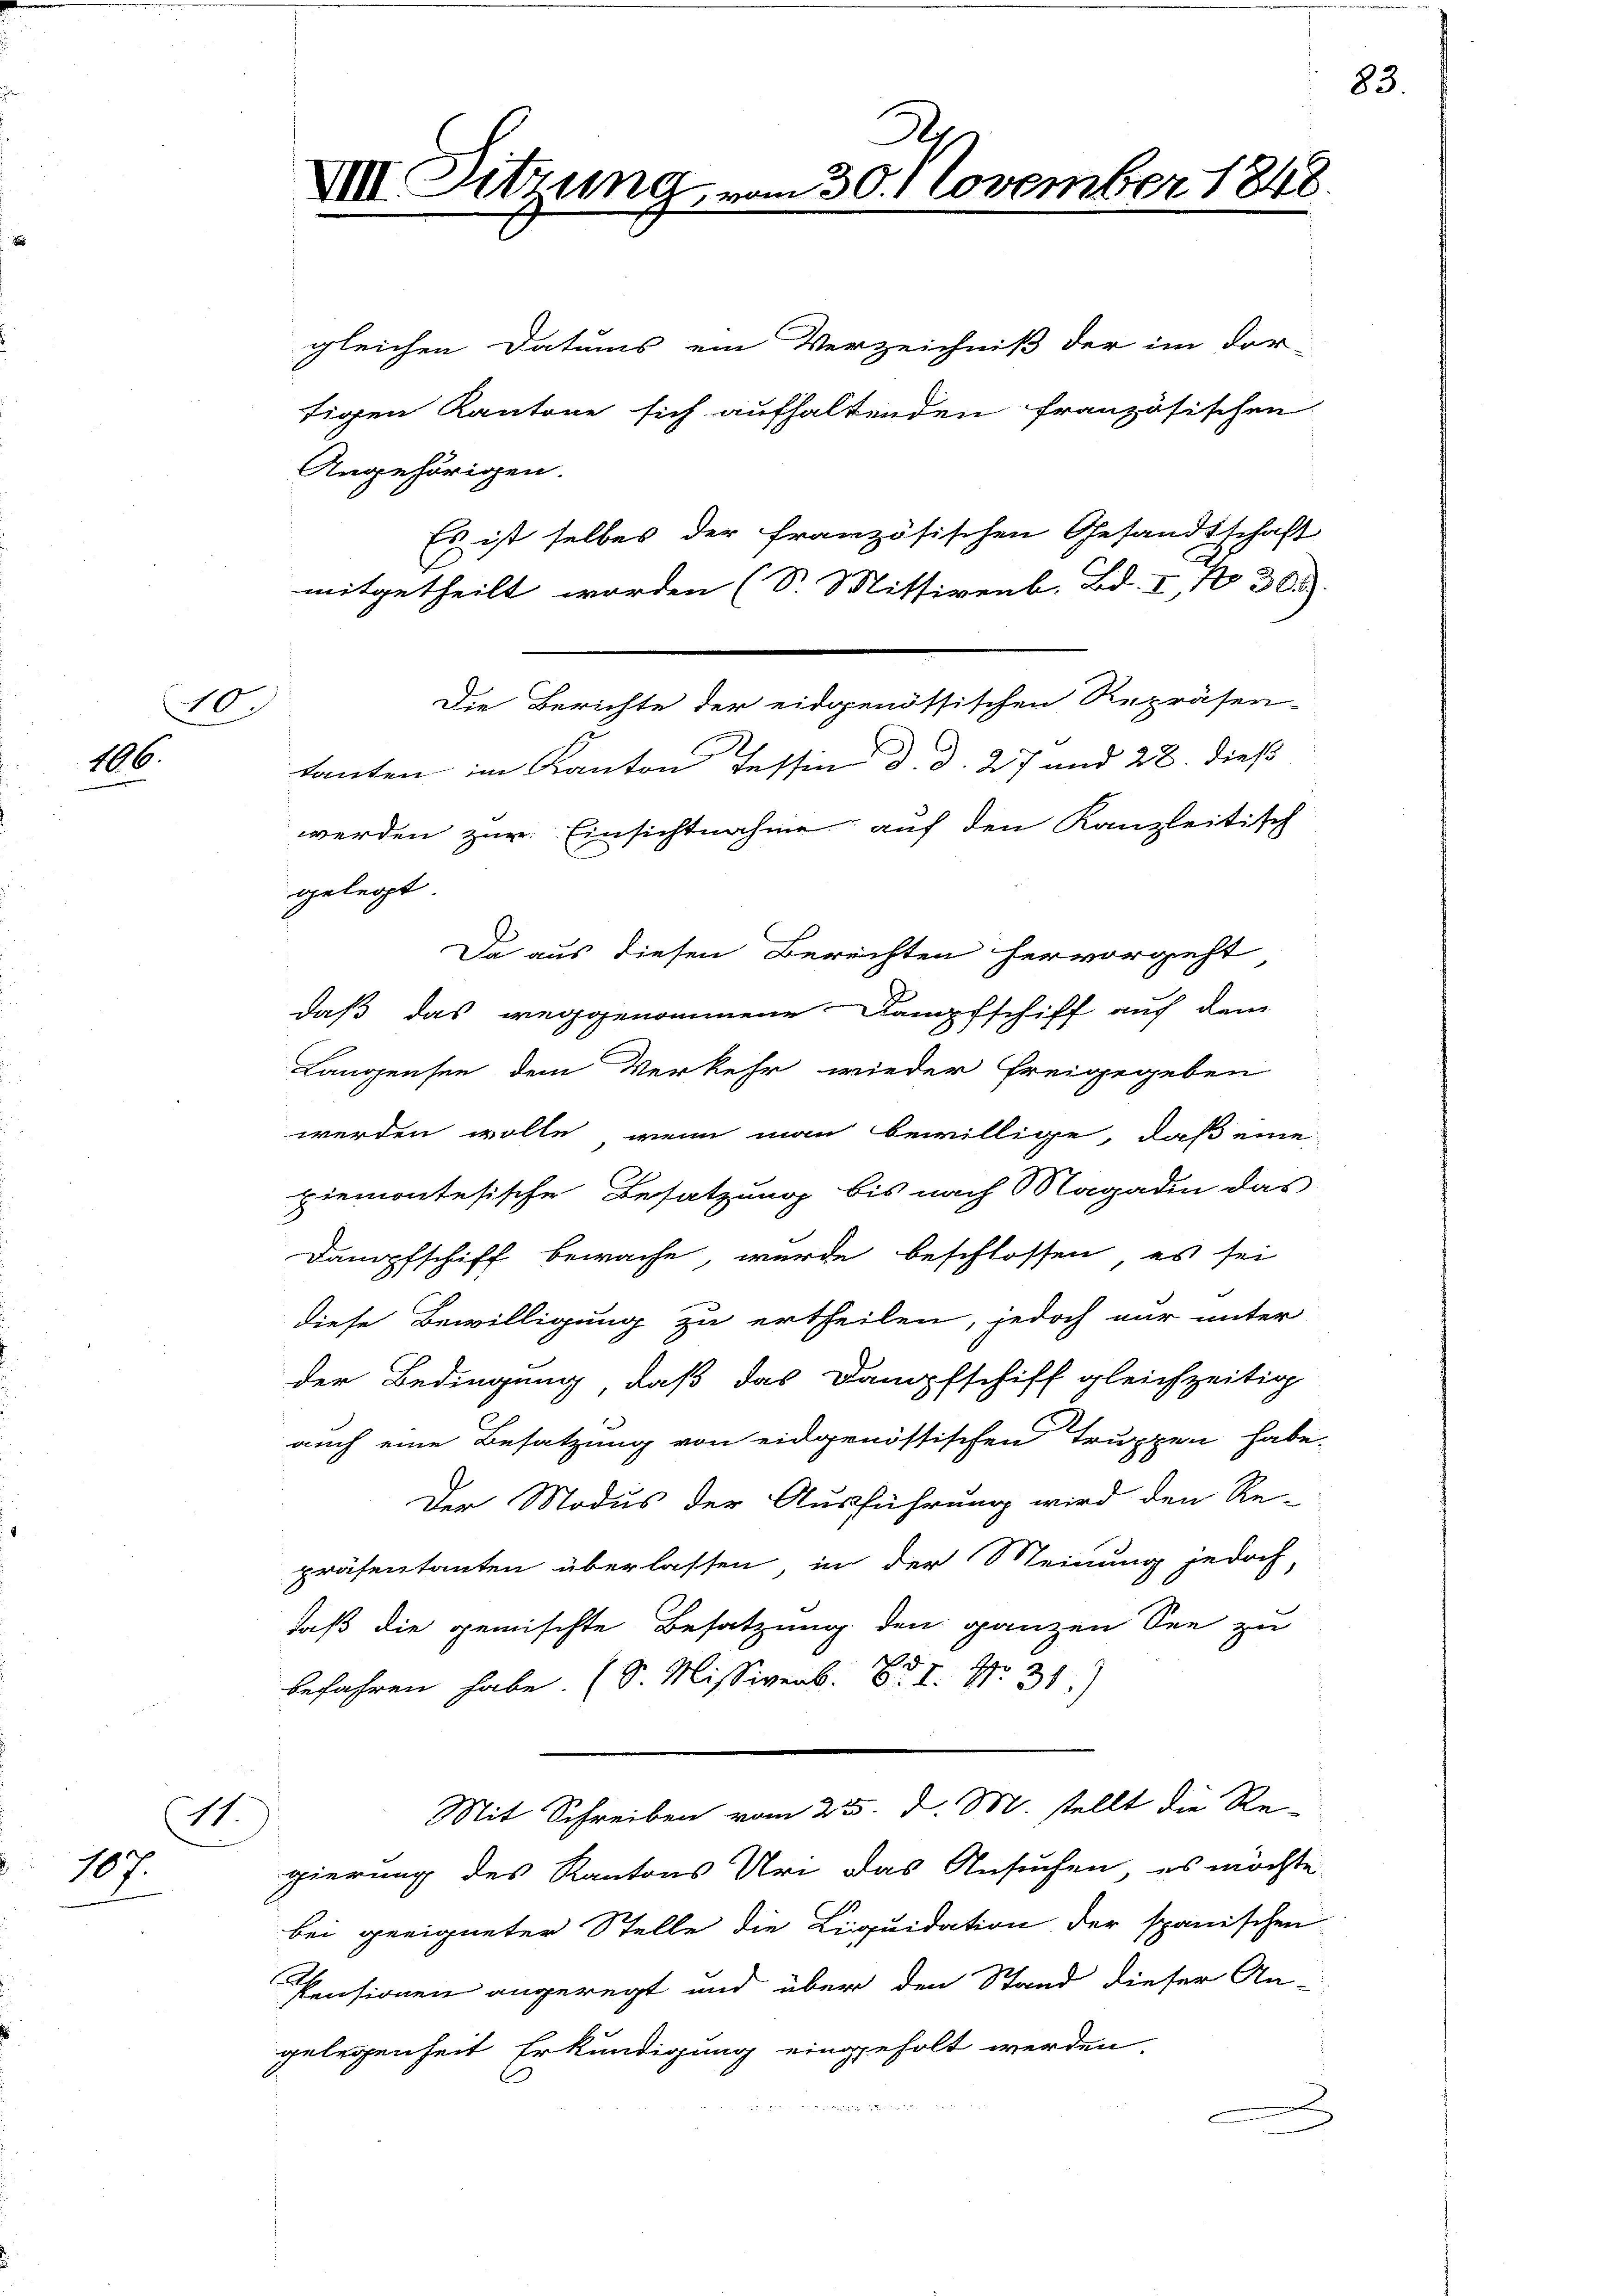
10.
16.

sch
107.

VIII. Sitzung

gleichen Datums ein Verzeichniß der im dor-
tigen Kantone sich aufhaltenden französischen
Angehörigen.
Es ist selbes der französischen Gesandtschaft
mitgetheilt worden (S. Mittirenb. Bd. I, No 30.
Die Berichte der eidgenössischen Repräsen-
tanten im Kanton Tessin d. d. 27 und 28. dieß
werden zur Einsichtnahme auf den Kanzleitisch
gelegt
Da aus diesen Berechten hervorgeht
daß das weggenommene Kampfschiff auf dem
Langensee dem Verkehr wieder freigegeben
werden wolle, wenn man bewillige, daß eine
piemontesische Besatzung bis nach Magadin das
Dampfschiff bewache, wurde beschlossen, es sei
diese Bewilligung zu ertheilen, jedoch nur unter
der Bedingung, daß das Dampfschiff gleichzeitig
auch eine Besatzung von eidgenössischen Truppen habe.
Der Modus der Ausführung wird den Re-
präsentanten überlassen, in der Meinung jedoch,
daß die gemischte Besatzung den ganzen See zu
2
befahren habe. (S. Missivenb. O. S. Nr. 31)
i
Mit Schreiben vom 25. d. M. stellt die Re-
gierung des Kantons Uri das Ansuchen, es möchte
bei geeigneter Stelle die Liquidation der spanischen
Pensionen angeregt und über den Stand dieser An-
gelegenheit Erkundigung eingeholt werden.
e

2
30. November 1848.

83.